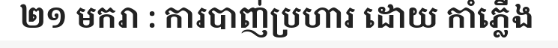
២១ មករា : ការបាញ់ប្រហារ ដោយ កាំភ្លើង